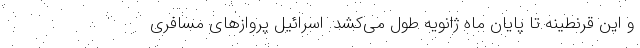
و این قرنطینه تا پایان ماه ژانویه طول می‌کشد. اسرائیل پروازهای مسافری